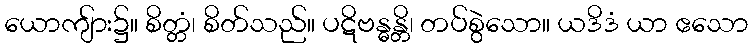
ယောကျ်ား၌။ စိတ္တံ၊ စိတ်သည်။ ပဋိဗန္ဓန္တိ၊ တပ်စွဲသော။ ယဒိဒံ ယာ ဧသော